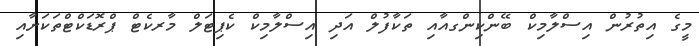
މީގެ އިތުރުން އިސްލާމިކް ބޭންކިންގއާއި ތަކާފުލް އަދި އިސްލާމިކް ކެޕިޓަލް މާރކެޓް ޕްރޮޑަކްޓްތަކަށާއި